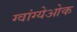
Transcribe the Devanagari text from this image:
ग्वांग्येओक